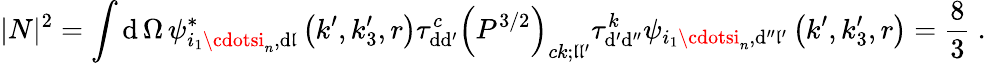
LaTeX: |N|^{2}=\int\mathrm{d}\, \Omega\, \psi_{i_{1}\cdotsi_{n},\mathrm{d}\mathfrak{l}}^{\ast}\left(k^{\prime},k_{3}^{\prime},r\right)\tau_{\mathrm{d}\mathrm{d}^{\prime}}^{c}\left(P^{3/2}\right)_{ck;\mathfrak{l}\mathfrak{l}^{\prime}}\tau_{\mathrm{d}^{\prime}\mathrm{d}^{\prime\prime}}^{k}\psi_{i_{1}\cdotsi_{n},\mathrm{d}^{\prime\prime}\mathfrak{l}^{\prime}}\left(k^{\prime},k_{3}^{\prime},r\right)=\frac{{8}}{{3}}\ .